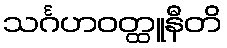
သင်္ဂဟဝတ္ထူနီတိ